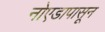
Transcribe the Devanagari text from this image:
नोएडापासून